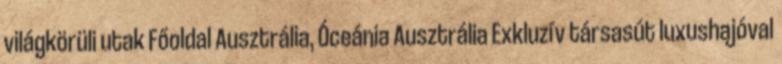
világkörüli utak Főoldal Ausztrália, Óceánia Ausztrália Exkluzív társasút luxushajóval